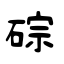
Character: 碂